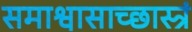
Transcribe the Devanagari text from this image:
समाश्वासाच्छास्त्रं